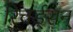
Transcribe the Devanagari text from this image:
रिचर्ड्‌सन्‌